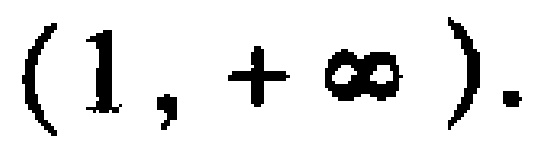
$(1,+\infty).$